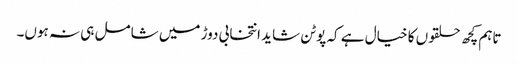
تاہم کچھ حلقوں کا خیال ہے کہ پوٹن شاید انتخابی دوڑ میں شامل ہی نہ ہوں۔